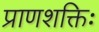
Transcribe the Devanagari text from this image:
प्राणशक्तिः